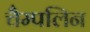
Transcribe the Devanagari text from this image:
चैम्पलिन